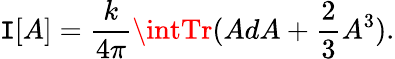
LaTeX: \mathtt{I}[A]=\frac{{k}}{{4\pi}}\intTr(AdA+\frac{{2}}{{3}}A^{3}).